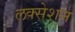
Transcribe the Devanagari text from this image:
लक्सेशन